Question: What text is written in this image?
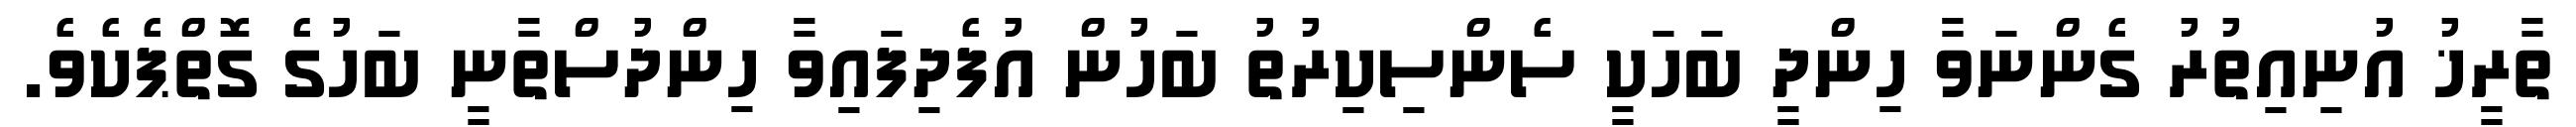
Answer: ތާރީޚު އުނިއިތުރު ގެންނަވާ ހިންދީ ބަހަކީ ސެންސިކިރުތު ބަހުން އުފެދިފައިވާ ހިންދުސްތާނީ ބަހުގެ ގޮތްޕެކެވެ.